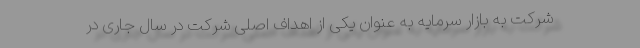
شرکت به بازار سرمایه به عنوان یکی از اهداف اصلی شرکت در سال جاری در